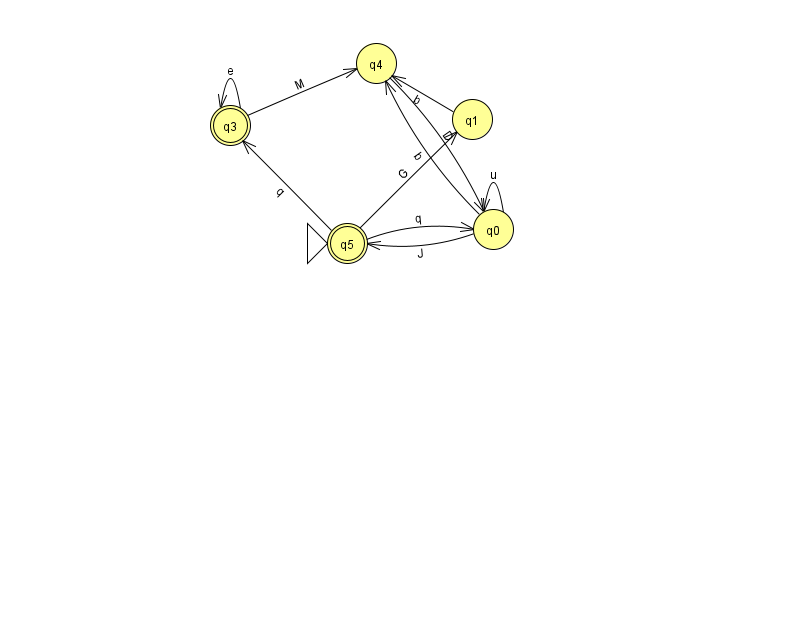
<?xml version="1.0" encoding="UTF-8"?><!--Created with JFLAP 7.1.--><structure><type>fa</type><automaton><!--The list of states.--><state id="0" name="q0"><x>493.0</x><y>216.0</y></state><state id="1" name="q1"><x>472.0</x><y>106.0</y></state><state id="3" name="q3"><x>230.0</x><y>112.0</y><final/></state><state id="4" name="q4"><x>376.0</x><y>50.0</y></state><state id="5" name="q5"><x>347.0</x><y>230.0</y><initial/><final/></state><!--The list of transitions.--><transition><from>0</from><to>4</to><read>b</read></transition><transition><from>3</from><to>4</to><read>M</read></transition><transition><from>0</from><to>0</to><read>u</read></transition><transition><from>3</from><to>3</to><read>e</read></transition><transition><from>4</from><to>0</to><read>D</read></transition><transition><from>5</from><to>0</to><read>q</read></transition><transition><from>5</from><to>3</to><read>q</read></transition><transition><from>1</from><to>4</to><read>b</read></transition><transition><from>5</from><to>1</to><read>G</read></transition><transition><from>0</from><to>5</to><read>J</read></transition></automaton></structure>